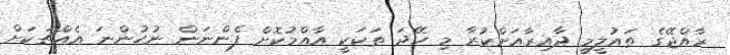
ރާއްޖޭގެ ތައުލީމީ ދާއިރާއަށްކުރާ މި ހޭދަ ތަކަކީ އާއްމުކޮށް ފެންނަން ނުހުންނަ އެއްޗަކަށް